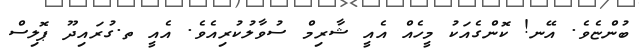
ބުންޏެވެ. އޭނ! ކޮންގެއަކު މީހެއް އެއީ ޝާރިމް ސުވާލުކުރިއެވެ. އެއީ ތ.ގުރައިދޫ ޕޮލިސް